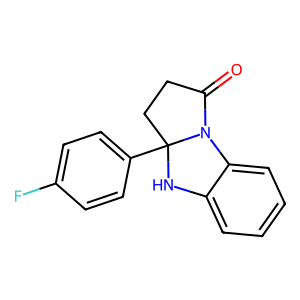
SMILES: O=C1CCC2(c3ccc(F)cc3)Nc3ccccc3N12
Inhibits HIV replication: No